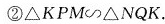
②△KPM∽△NQK.